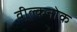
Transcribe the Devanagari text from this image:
वील्कनोक